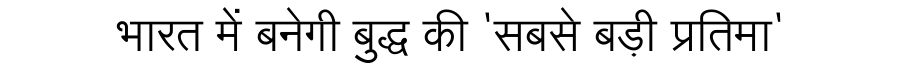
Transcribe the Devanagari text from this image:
भारत में बनेगी बुद्ध की 'सबसे बड़ी प्रतिमा'